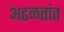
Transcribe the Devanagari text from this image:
अढळतांत